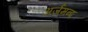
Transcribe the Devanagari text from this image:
अर्जमन्द